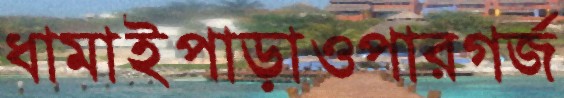
ধামাইপাড়াওপারগর্জ